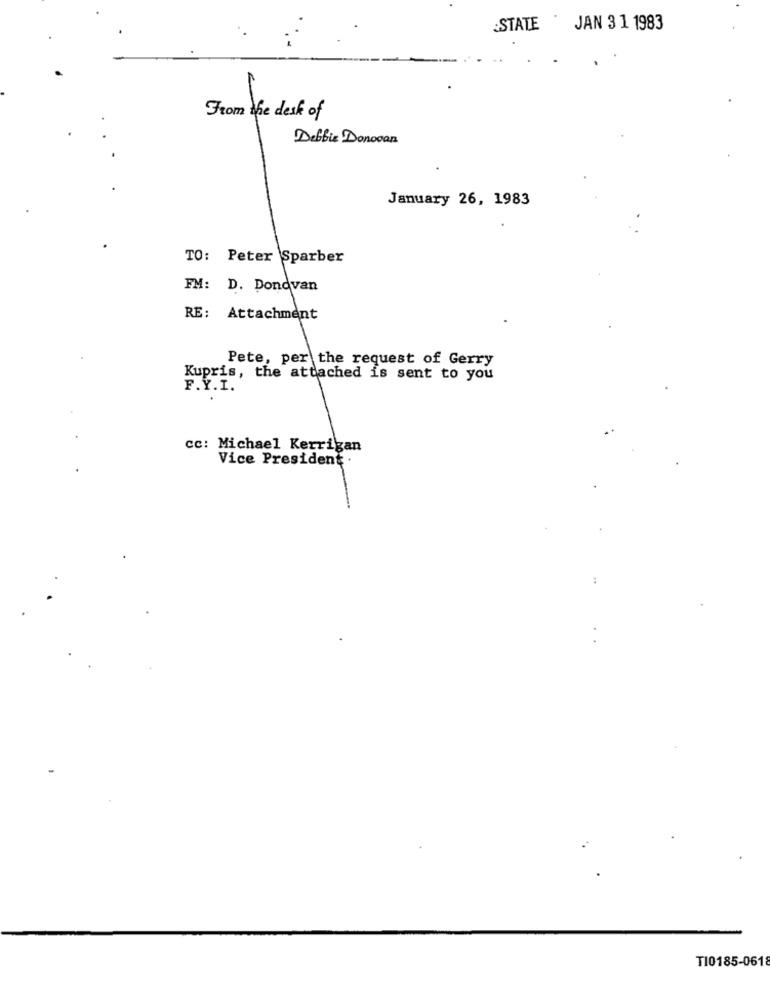
STATE
JAN 3 1 1983
From the desk of
Debbie Donovan
January 26, 1983
TO: Peter Sparber
FM: D. Donovan
RE: Attachment
Pete, per the request of Gerry
Kupris, the attached is sent to you
F.Y.I.
cc: Michael Kerrigan
Vice President .
T10185-0618